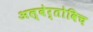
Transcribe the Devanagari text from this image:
अल्बेर्तोविच